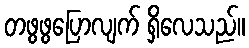
တဖွဖွပြောလျက် ရှိလေသည်။